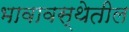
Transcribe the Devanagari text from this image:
भावावस्थेतील